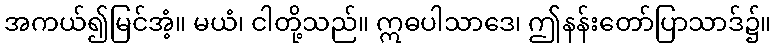
အကယ်၍မြင်အံ့။ မယံ၊ ငါတို့သည်။ ဣဓပါသာဒေ၊ ဤနန်းတော်ပြာသာဒ်၌။